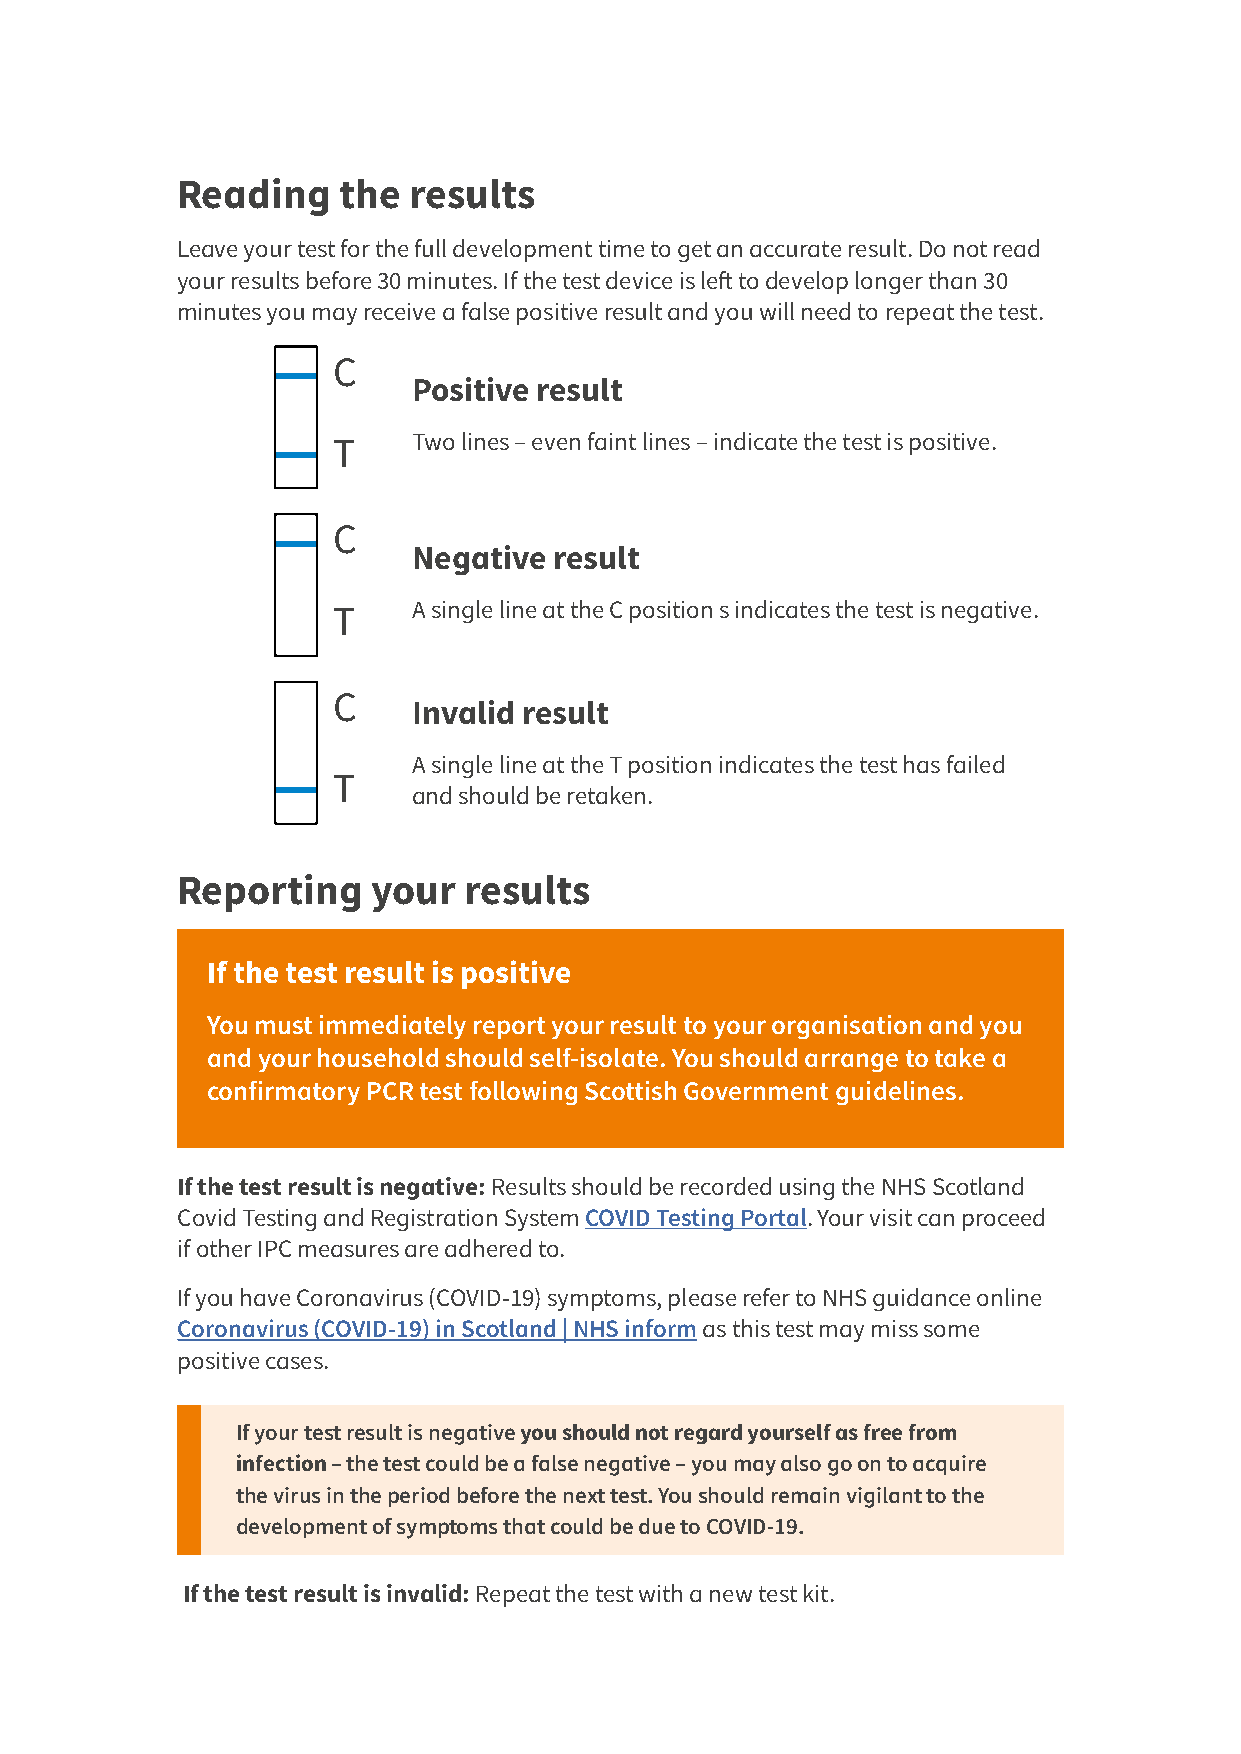
Reading   the  results
 Leave your test for the full development time to get an accurate result. Do not read
 your results before 30 minutes. If the test device is left to develop longer than 30
 minutes you may receive a false positive result and you will need to repeat the test.
 C
 Positive result
 T    Two lines – even faint lines – indicate the test is positive.
 C
 Negative  result
 T    A single line at the C position s indicates the test is negative.
 C
 Invalid result
 A single line at the T position indicates the test has failed
 T
 and should be retaken.
 Reporting    your  results
 If the test result is positive
 You must immediately report your result to your organisation and you
 and your household should self-isolate. You should arrange to take a
 confirmatory PCR test following Scottish Government guidelines.
 If the test result is negative: Results should be recorded using the NHS Scotland
 Covid Testing and Registration System COVID Testing Portal. Your visit can proceed
 if other IPC measures are adhered to.
 If you have Coronavirus (COVID-19) symptoms, please refer to NHS guidance online
 Coronavirus (COVID-19) in Scotland | NHS inform as this test may miss some
 positive cases.
 If your test result is negative you should not regard yourself as free from
 infection – the test could be a false negative – you may also go on to acquire
 the virus in the period before the next test. You should remain vigilant to the
 development of symptoms that could be due to COVID-19.
 If the test result is invalid: Repeat the test with a new test kit.